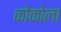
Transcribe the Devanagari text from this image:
कोकोला